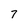
Character: 7